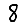
Digit: 8